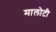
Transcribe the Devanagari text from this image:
मालोटी